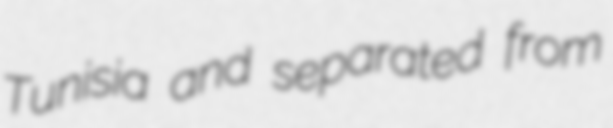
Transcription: Tunisia and separated from